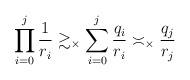
LaTeX: \begin{align*}\prod_{i = 0}^j \frac{1}{r_i} \gtrsim_\times \sum_{i = 0}^j \frac{q_i}{r_i} \asymp_\times \frac{q_j}{r_j}\end{align*}